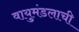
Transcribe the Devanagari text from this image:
वायुमंडलाची